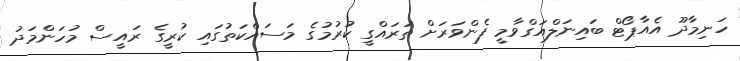
ހަނިމާދޫ އެއާޕޯޓް ބައިނަލްއަގްވާމީ ފެންވަރަށް ތަރައްގީ ކުރުމުގެ މަސައްކަތުގައި ކުރީގެ ރައީސް މުހަންމަދު